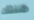
ظننتك